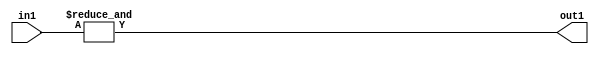
`timescale 1ps / 1ps
/*****************************************************************************
    Verilog RTL Description
    
    
    Created by: Stratus DpOpt 2019.1.01 
*******************************************************************************/

module st_weight_addr_gen_AndReduction_4S_1U_4_2 (
	in1,
	out1
	); /* architecture "behavioural" */ 
input [3:0] in1;
output  out1;
wire  asc001;

assign asc001 = 
	(&in1);

assign out1 = asc001;
endmodule

/* CADENCE  urfyTQ0= : u9/ySgnWtBlWxVPRXgAZ4Og= ** DO NOT EDIT THIS LINE ******/